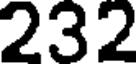
232